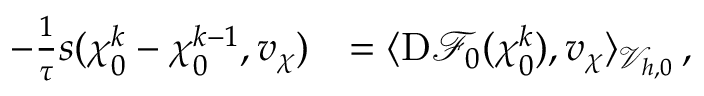
\begin{array} { r l } { - \frac { 1 } { \tau } s ( \boldsymbol { \chi } _ { 0 } ^ { k } - \boldsymbol { \chi } _ { 0 } ^ { k - 1 } , \boldsymbol { v } _ { \boldsymbol { \chi } } ) } & { = \langle \mathrm { D } \mathscr { F } _ { 0 } ( \boldsymbol { \chi } _ { 0 } ^ { k } ) , \boldsymbol { v } _ { \boldsymbol { \chi } } \rangle _ { \mathcal { V } _ { h , 0 } } \, , } \end{array}